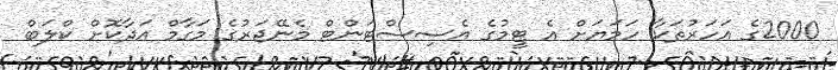
2000ގެ އަހަރުތަކާ ހަމަޔަށް އެ ޓީމުގެ އެސިސްޓަންޓް މެނޭޖަރުގެ މަގާމް އަދާކޮށް ކްލަބް